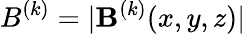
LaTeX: B^{(k)}=|\mathbf{B}^{(k)}(x,y,z)|